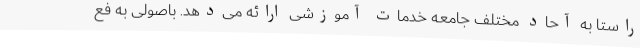
راستا به آحاد مختلف جامعه خدمات آموزشی ارائه می‌دهد. باصولی به فع